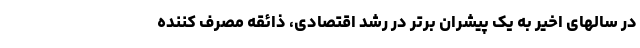
در سالهای اخیر به یک پیشران برتر در رشد اقتصادی، ذائقه مصرف کننده